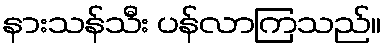
နားသန်သီး ပန်လာကြသည်။